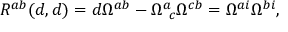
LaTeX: { R } ^ { a b } ( d , d ) = d \Omega ^ { a b } - \Omega _ { ~ c } ^ { a } \Omega ^ { c b } = \Omega ^ { a i } \Omega ^ { b i } ,